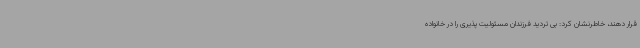
قرار دهند، خاطرنشان کرد: بی تردید فرزندان مسئولیت پذیری را در خانواده